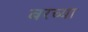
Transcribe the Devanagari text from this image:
बरच्या